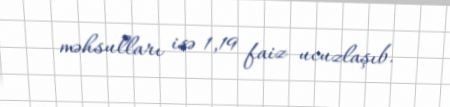
məhsulları isə 1,19 faiz ucuzlaşıb.